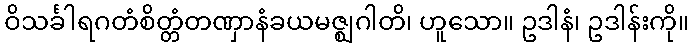
ဝိသင်္ခါရဂတံစိတ္တံတဏှာနံခယမဇ္ဈဂါတိ၊ ဟူသော။ ဥဒါနံ၊ ဥဒါန်းကို။